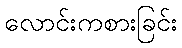
လောင်းကစားခြင်း